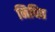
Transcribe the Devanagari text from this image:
निधित